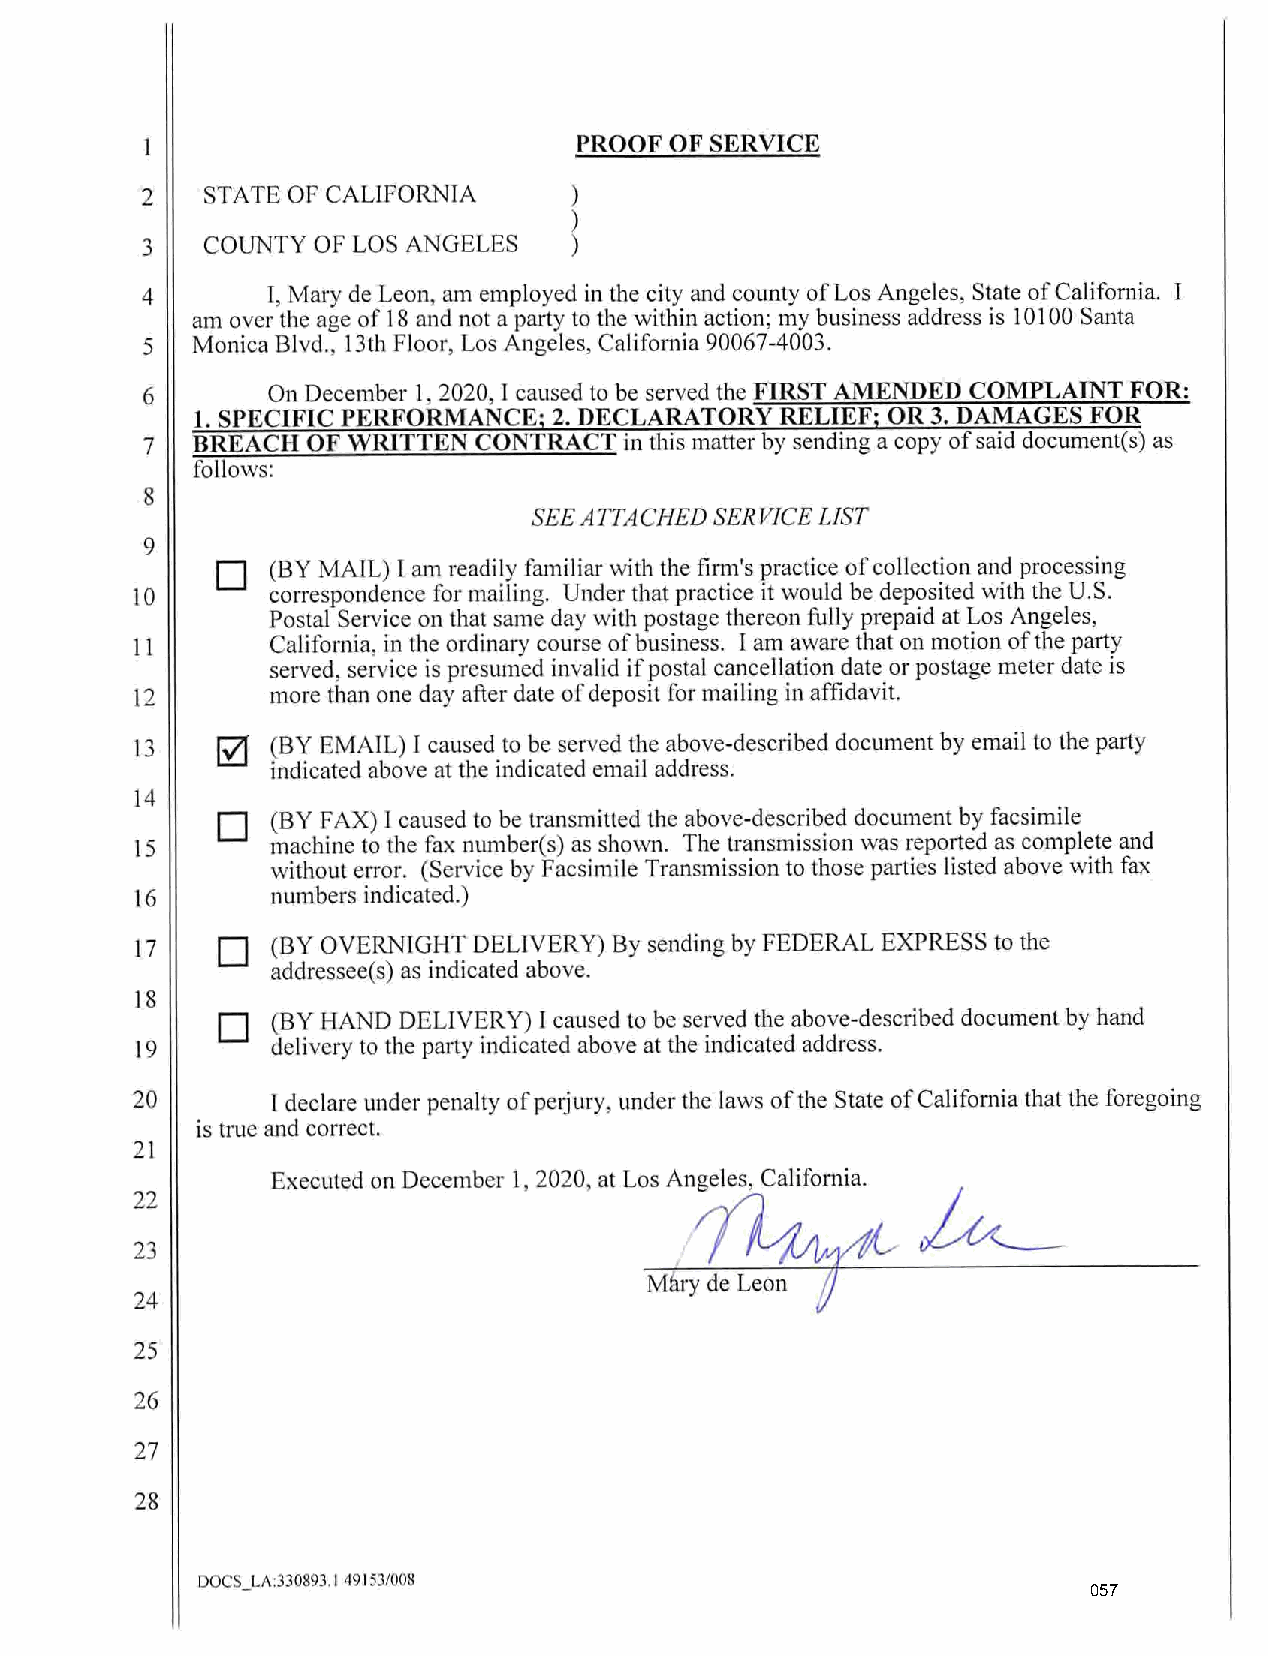
PROOF OF SERVICE
 2   STATE OF CALIFORNIA      )
 )
 3   COUNTY  OF LOS ANGELES   )
 4        I, Mary de Leon, am employed in the city and county of Los Angeles, State of California. I
 am over the age of 18 and not a party to the within action; my business address is 10100 Santa
 5   Monica Blvd., 13th Floor, Los Angeles, California 90067-4003.
 6        On December 1, 2020, I caused to be served the FIRST AMENDED COMPLAINT FOR:
 1. SPECIFIC PERFORMANCE; 2. DECLARATORY RELIEF; OR 3. DAMAGES FOR
 7   BREACH OF WRITTEN CONTRACT  in this matter by sending a copy of said document(s) as
 follows:
 8
 SEE ATTACHED SERVICE LIST
 9
 (BY MAIL) I am readily fan1iliar with the firm's practice of collection and processing
 □
 10       correspondence for mailing. Under that practice it would be deposited with the U.S.
 Postal Service on that same day with postage thereon fully prepaid at Los Angeles,
 I 1      California, in the ordinary course of business. I am aware that on motion of the party
 served, service is presumed invalid if postal cancellation date or postage meter date is
 12       more than one day after date of deposit for mailing in affidavit.
 13       (BY EMAIL) I caused to be served the above-described document by email to the party
 indicated above at the indicated email address.
 14
 (BY FAX) J caused to be transmitted the above-described document by facsimile
 □
 15       machine to the fax number(s) as shown. The transmission was reported as complete and
 without error. (Service by Facsimile Transmission to those parties listed above with fax
 16       numbers indicated.)
 17       (BY OVERNIGHT DELlVERY) By sending by FEDERAL EXPRESS to the
 □
 addressee(s) as indicated above.
 18
 (BY HAND DELIVERY) I caused to be served the above-described document by hand
 □
 19       delivery to the party indicated above at the indicated address.
 20       I declare under penalty of pe1j ury, under the laws of the State of California that the foregoing
 is true and correct.
 21
 Executed on December 1, 2020, at Los Angeles, California.
 22                                Mhryr  l  t  r
 23
 24
 25
 26
 27
 28
 DOCS_LA:330893.1 49153/008
 057